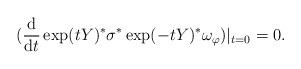
LaTeX: \begin{align*}(\frac{\mathrm{d}}{\mathrm{d} t} \exp(t Y)^* \sigma^* \exp(-tY)^* \omega_{\varphi})|_{t=0} = 0.\end{align*}